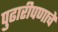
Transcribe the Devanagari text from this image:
पुढारीपणाचे